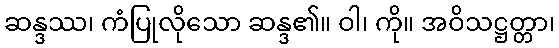
ဆန္ဒဿ၊ ကံပြုလိုသော ဆန္ဒ၏။ ဝါ၊ ကို။ အဝိသဋ္ဌတ္တာ၊